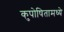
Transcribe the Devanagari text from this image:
कुपोषितामध्ये